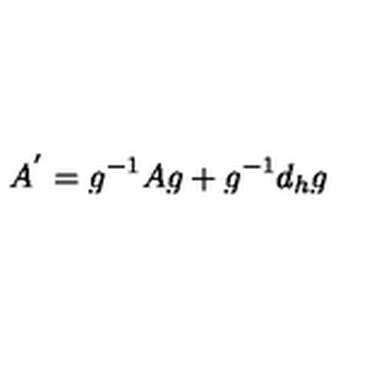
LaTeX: A ^ { ' } = g ^ { - 1 } A g + g ^ { - 1 } d _ { h } g